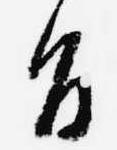
旨